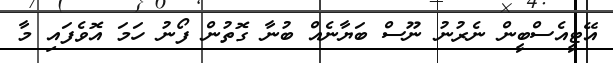
އޭޓީއެސްބީން ނެރުނު ނޫސް ބަޔާނެއް ބުނާ ގޮތުން ފޯނު ހަމަ އޮވެފައި މާ